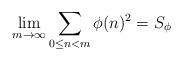
LaTeX: \begin{align*}\lim_{m\rightarrow\infty} \sum_{0\leq n< m} \phi(n)^2=S_\phi\end{align*}